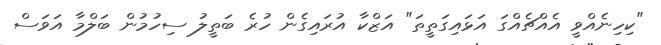
"ކިހިނެއްވީ އެއްޗެއްގަ އަޅައިގަތީތަ" އަޒްކާ އުރައިގެން ހުރެ ބަތީލު ސިހުމުން ބަލްމާ އަވަސް